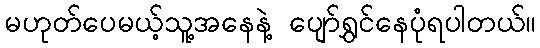
မဟုတ်ပေမယ့်သူ့အနေနဲ့ ပျော်ရွှင်နေပုံရပါတယ်။